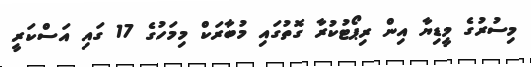
މިސުރުގެ މީޑިޔާ އިން ރިޕޯޓުކުރާ ގޮތުގައި މުބާރަކް މިމަހުގެ 17 ގައި އަސްކަރީ